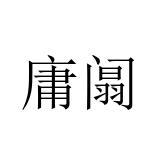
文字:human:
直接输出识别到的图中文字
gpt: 庸阘